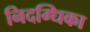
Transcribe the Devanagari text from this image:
निदग्धिका